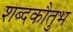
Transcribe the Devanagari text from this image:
शब्दकौतुभ